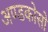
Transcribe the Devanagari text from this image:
अण्डकोसो